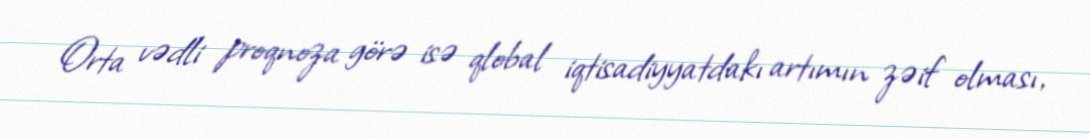
Orta vədli proqnoza görə isə qlobal iqtisadiyyatdakı artımın zəif olması,